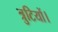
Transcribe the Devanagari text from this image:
त्रुटियों।